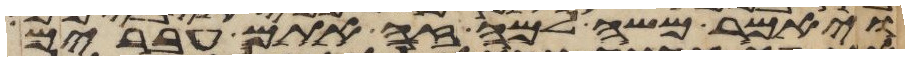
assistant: ויאמר משה למה זה אתם עברים